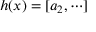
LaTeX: h ( x ) = [ a _ { 2 } , \cdots ]